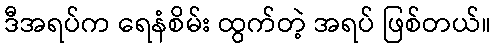
ဒီအရပ်က ရေနံစိမ်း ထွက်တဲ့ အရပ် ဖြစ်တယ်။